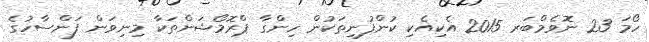
ހޯމަ 23 ނޮވެމްބަރ 2015 އެކިއެކި ކުންފުނިތަކުން ހިންގާ ޕްރޮމޯޝަންތަކާ މިނިވަން ފަންސާހުގެ